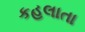
કહલાતા